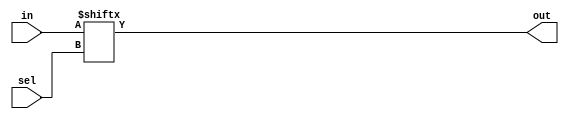
module mux_b(in, sel, out);

input [15:0] in;
input [3:0] sel;
output out;

assign out = in[sel];

endmodule